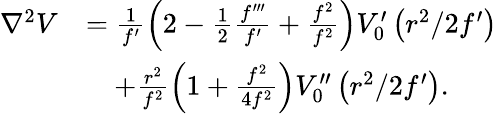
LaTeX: \begin{array}{rl}{\nabla^{2}V}&{=\frac{1}{f^{\prime}}\left(2-\frac{1}{2}\frac{f^{\prime\prime\prime}}{f^{\prime}}+\frac{f^{2}}{f^{2}}\right)V_{0}^{\prime}\left(r^{2}/2f^{\prime}\right)}\\ &{\quad+\frac{r^{2}}{f^{2}}\left(1+\frac{f^{2}}{4f^{2}}\right)V_{0}^{\prime\prime}\left(r^{2}/2f^{\prime}\right).}\end{array}